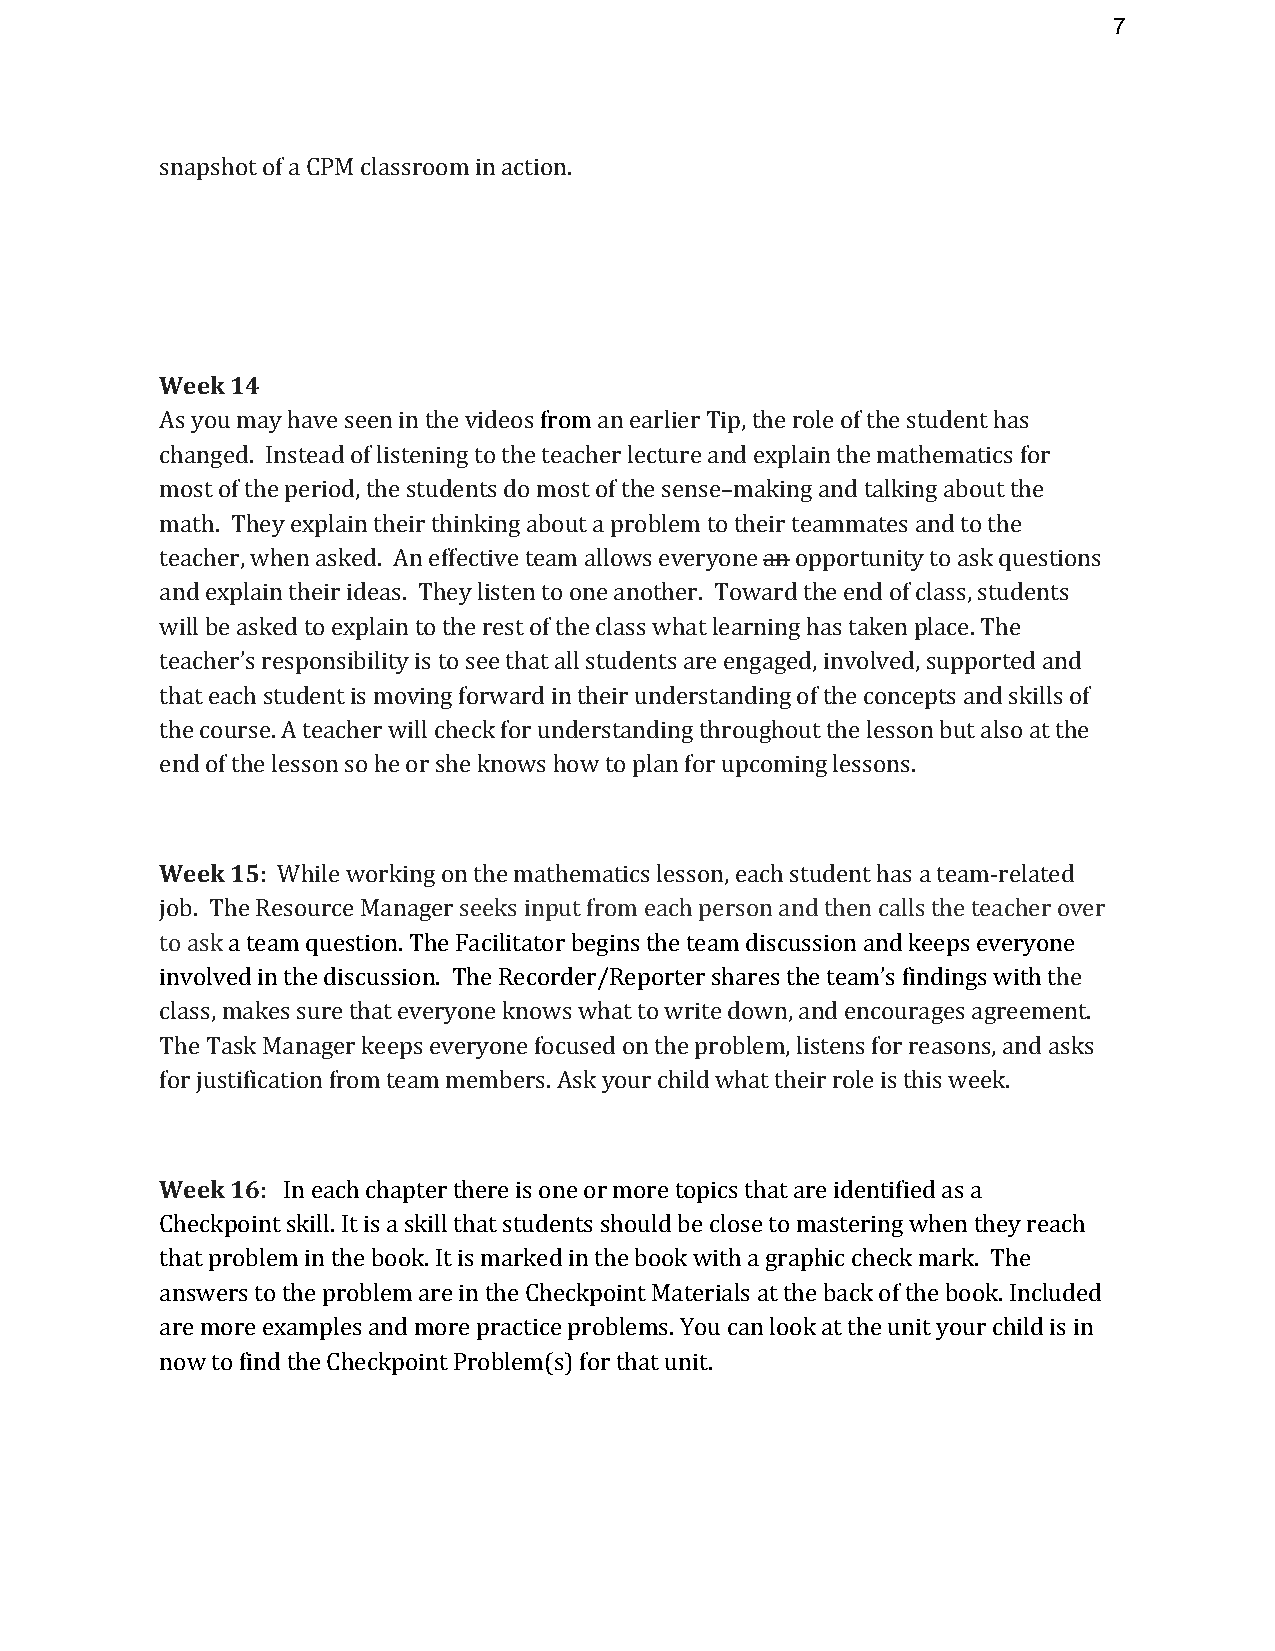
7
 snapshot of a CPM classroom in action.
 Week 14
 As you may have seen in the videos from an earlier Tip, the role of the student has
 changed. Instead of listening to the teacher lecture and explain the mathematics for
 most of the period, the students do most of the sense–making and talking about the
 math. They explain their thinking about a problem to their teammates and to the
 teacher, when asked. An effective team allows everyone an opportunity to ask questions
 and explain their ideas. They listen to one another. Toward the end of class, students
 will be asked to explain to the rest of the class what learning has taken place. The
 teacher’s responsibility is to see that all students are engaged, involved, supported and
 that each student is moving forward in their understanding of the concepts and skills of
 the course. A teacher will check for understanding throughout the lesson but also at the
 end of the lesson so he or she knows how to plan for upcoming lessons.
 Week 15: While working on the mathematics lesson, each student has a team-related
 job. The Resource Manager seeks input from each person and then calls the teacher over
 to ask a team question. The Facilitator begins the team discussion and keeps everyone
 involved in the discussion. The Recorder/Reporter shares the team’s findings with the
 class, makes sure that everyone knows what to write down, and encourages agreement.
 The Task Manager keeps everyone focused on the problem, listens for reasons, and asks
 for justification from team members. Ask your child what their role is this week.
 Week 16: In each chapter there is one or more topics that are identified as a
 Checkpoint skill. It is a skill that students should be close to mastering when they reach
 that problem in the book. It is marked in the book with a graphic check mark. The
 answers to the problem are in the Checkpoint Materials at the back of the book. Included
 are more examples and more practice problems. You can look at the unit your child is in
 now to find the Checkpoint Problem(s) for that unit.